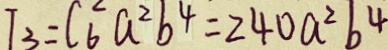
T _ { 3 } = C _ { 6 } ^ { 2 } a ^ { 2 } b ^ { 4 } = 2 4 0 a ^ { 2 } b ^ { 4 }